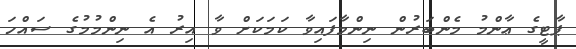
ޕާޓީގެ ޢާންމު މެންބަރުން ނިންމާފައިވާ ކަމަކަށް ވާ އިރު އެ ނިންމުމުގެ ސައްހަ